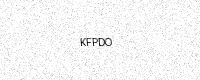
Text: KFPDO